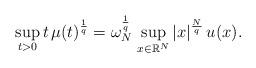
LaTeX: \begin{align*}\sup_{t>0} t\,\mu(t)^\frac{1}{q}=\omega_N^\frac{1}{q}\,\sup_{x\in\mathbb{R}^N} |x|^\frac{N}{q}\,u(x).\end{align*}